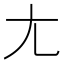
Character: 尢